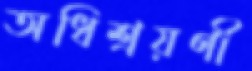
অধিশ্রয়ণী